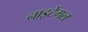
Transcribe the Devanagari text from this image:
नाइटेंगल